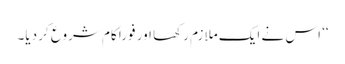
‘‘ اس نے ایک ملازم رکھا اور فوراً کام شروع کر دیا۔